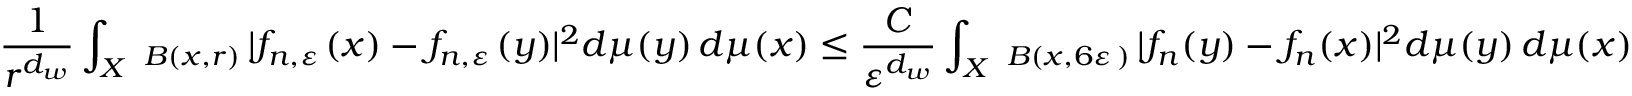
\frac { 1 } { r ^ { d _ { w } } } \int _ { X } \fint _ { B ( x , r ) } | f _ { n , { \varepsilon } \, } ( x ) - f _ { n , { \varepsilon } \, } ( y ) | ^ { 2 } d \mu ( y ) \, d \mu ( x ) \le \frac { C } { \varepsilon ^ { d _ { w } } } \int _ { X } \fint _ { B ( x , 6 { \varepsilon } \, ) } | f _ { n } ( y ) - f _ { n } ( x ) | ^ { 2 } d \mu ( y ) \, d \mu ( x )